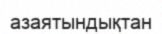
азаятындықтан